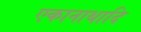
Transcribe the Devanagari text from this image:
एकानाथादि